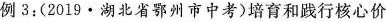
例3：(2019·湖北省鄂州市中考)培育和践行核心价